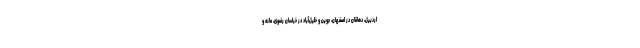
اردبیل، دهاقان در اصفهان، جوین و خلیل‌آباد در خراسان رضوی، مانه و